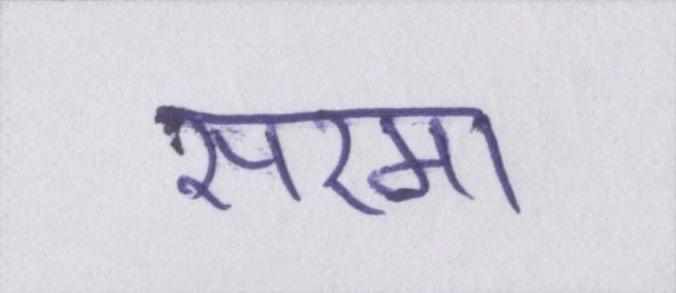
सरमा